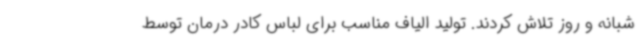
شبانه و روز تلاش کردند. تولید الیاف مناسب برای لباس کادر درمان توسط